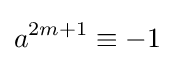
a^{2m+1}\equiv -1